Plague in India, 1896, 1897 - Volume 1
Year: 1896
Disease focus: Plague
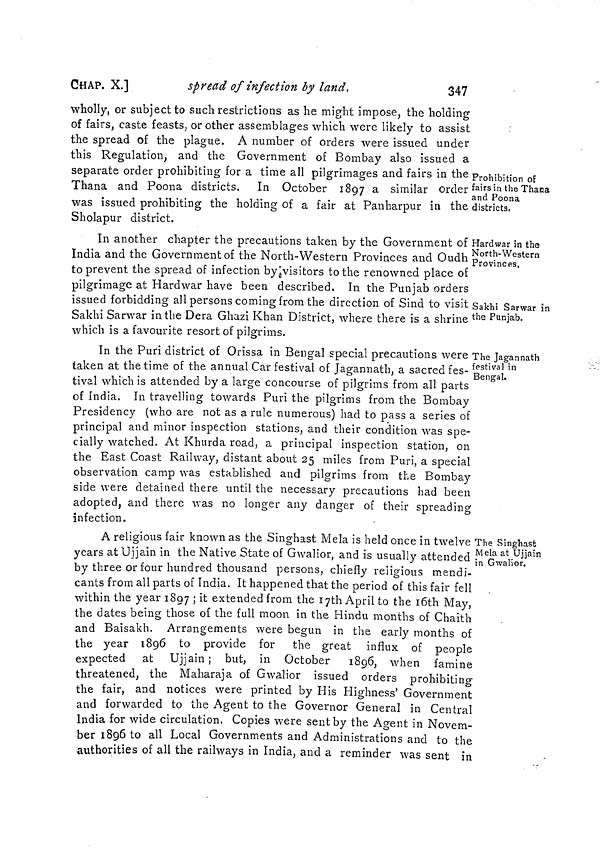
CHAP. X.]
spread of infection by land,
347
Prohibition of
fairs in the Thaua
and Poona
districts.
wholly, or subject to such restrictions as he might impose, the holding
of fairs, caste feasts, or other assemblages which were likely to assist
the spread of the plague. A number of orders were issued under
this Regulation, and the Government of Bombay also issued a
separate order prohibiting for a time all pilgrimages and fairs in the
Thana and Poona districts. In October 1897 a similar order
was issued prohibiting the holding of a fair at Panharpur in the
Sholapur district.
Hardwar in the
North-Western
Provinces.
Sakhi Sarwar in
the Punjab.
In another chapter the precautions taken by the Government of
India and the Government of the North-Western Provinces and Oudh
to prevent the spread of infection by visitors to the renowned place of
pilgrimage at Hardwar have been described. In the Punjab orders
issued forbidding all persons coming from the direction of Sind to visit
Sakhi Sarwar in the Dera Ghazi Khan District, where there is a shrine
which is a favourite resort of pilgrims.
The Jagannath
festival in
Bengal.
In the Puri district of Orissa in Bengal special precautions were
taken at the time of the annual Car festival of Jagannath, a sacred fes-
tival which is attended by a large concourse of pilgrims from all parts
of India. In travelling towards Puri the pilgrims from the Bombay
Presidency (who are not as a rule numerous) had to pass a series of
principal and minor inspection stations, and their condition was spe-
cially watched. At Khurda road, a principal inspection station, on
the East Coast Railway, distant about 25 miles from Puri, a special
observation camp was established and pilgrims from the Bombay
side were detained there until the necessary precautions had been
adopted, and there was no longer any danger of their spreading
infection.
The Singhast
Mela at Ujjain
in Gwalior.
A religious fair known as the Singhast Mela is held once in twelve
years at Ujjain in the Native State of Gwalior, and is usually attended
by three or four hundred thousand persons, chiefly religious mendi-
cants from all parts of India. It happened that the period of this fair fell
within the year 1897 ; it extended from the 17th April to the 16th May,
the dates being those of the full moon in the Hindu months of Chaith
and Baisakh. Arrangements were begun in the early months of
the year 1896 to provide for the great influx of people
expected at Ujjain ; but, in October 1896, when famine
threatened, the Maharaja of Gwalior issued orders prohibiting
the fair, and notices were printed by His Highness' Government
and forwarded to the Agent to the Governor General in Central
India for wide circulation. Copies were sent by the Agent in Novem-
ber 1896 to all Local Governments and Administrations and to the
authorities of all the railways in India, and a reminder was sent in